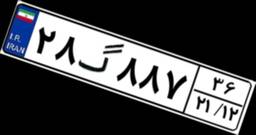
۲۸گ۸۸۷۳۶